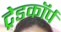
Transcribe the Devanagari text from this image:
ट्रेडकॉर्प